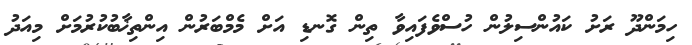
ހިމަންދޫ ރަށު ކައުންސިލުން ހުސްވެފައިވާ ތިން ގޮނޑި އަށް މެމްބަރުން އިންތިޚާބުކުރުމަށް މިއަދު